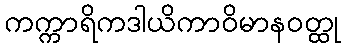
ကက္ကာရိကဒါယိကာဝိမာနဝတ္ထု